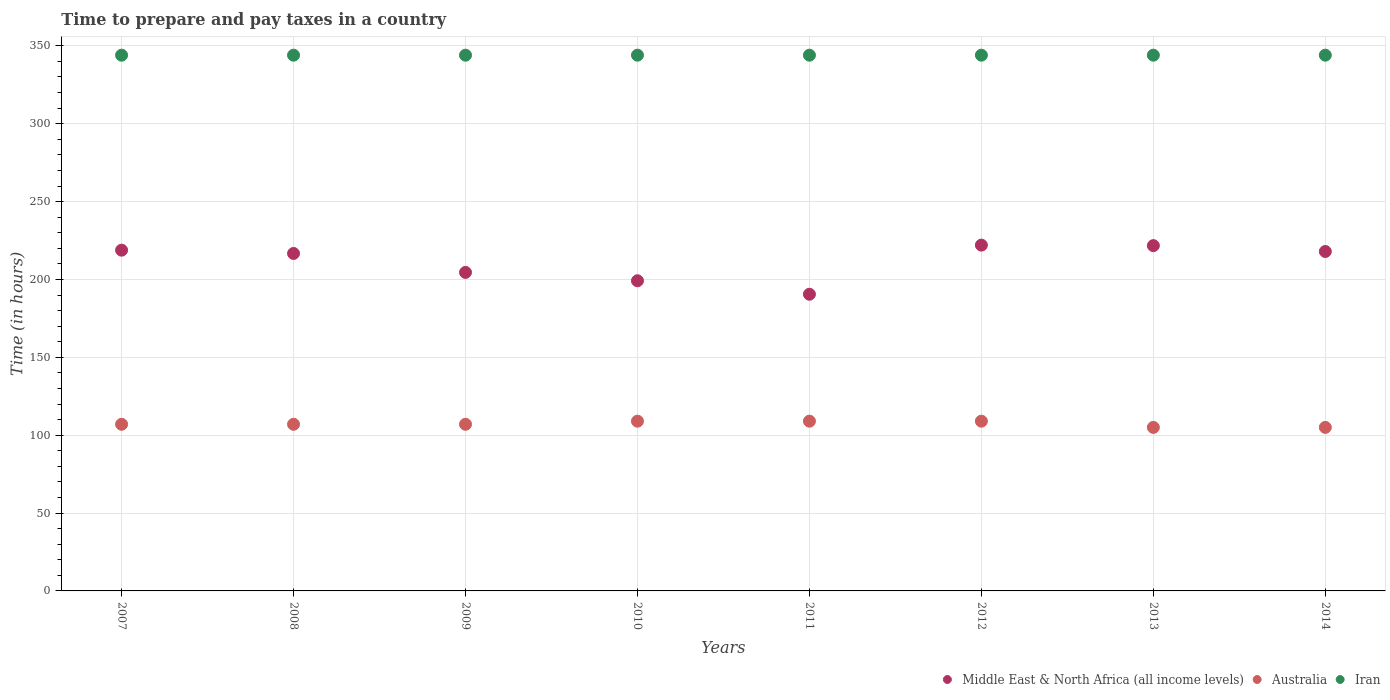
| Years | Middle East & North Africa (all income levels) | Australia | Iran |
 | --- | --- | --- | --- |
 | 2007 | 219 | 107 | 344 |
 | 2008 | 217 | 107 | 344 |
 | 2009 | 205 | 107 | 344 |
 | 2010 | 199 | 109 | 344 |
 | 2011 | 190 | 109 | 344 |
 | 2012 | 222 | 109 | 344 |
 | 2013 | 222 | 105 | 344 |
 | 2014 | 218 | 105 | 344 |